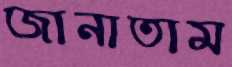
জানাতাম